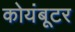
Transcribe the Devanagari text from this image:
कोयंबूटर